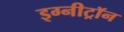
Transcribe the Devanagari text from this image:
इग्नीट्रॉन